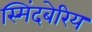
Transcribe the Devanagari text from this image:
स्मिंदबेरिय